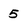
Character: 5